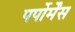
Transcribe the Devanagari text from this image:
पर्पोर्मेंस